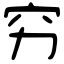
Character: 穷